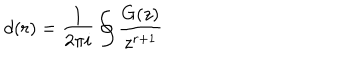
LaTeX: d ( r ) = \frac { 1 } { 2 \pi i } \oint \frac { G ( z ) } { z ^ { r + 1 } }